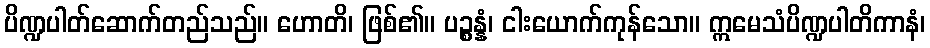
ပိဏ္ဍပါတ်ဆောက်တည်သည်။ ဟောတိ၊ ဖြစ်၏။ ပဉ္စန္နံ၊ ငါးယောက်ကုန်သော။ ဣမေသံပိဏ္ဍပါတိကာနံ၊